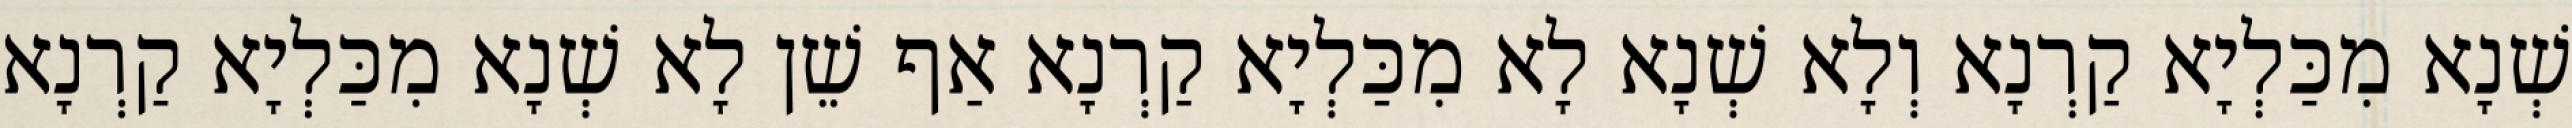
שְׁנָא מִכַּלְיָא קַרְנָא וְלָא שְׁנָא לָא מִכַּלְיָא קַרְנָא אַף שֵׁן לָא שְׁנָא מִכַּלְיָא קַרְנָא